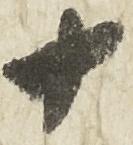
十